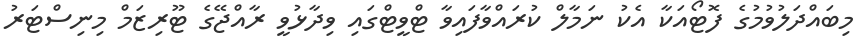
މިބައްދަލުވުމުގެ ފޮޓޯއަކާ އެކު ނަމާލް ކުރައްވާފައިވާ ޓްވީޓްގައި ވިދާޅުވީ ރާއްޖޭގެ ޓޫރިޒަމް މިނިސްޓަރު